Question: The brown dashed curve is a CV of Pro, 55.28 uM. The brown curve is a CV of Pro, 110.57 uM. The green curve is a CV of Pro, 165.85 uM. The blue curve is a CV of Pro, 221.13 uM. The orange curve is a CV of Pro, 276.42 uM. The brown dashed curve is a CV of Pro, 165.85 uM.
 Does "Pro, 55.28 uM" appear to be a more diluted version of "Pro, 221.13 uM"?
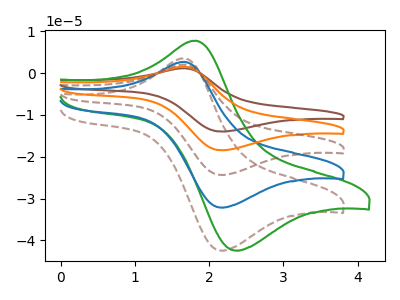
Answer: <think>The brown dashed curve "Pro, 55.28 uM" has an anodic peak at (1.65V, 3.55uA) and a cathodic peak at (2.15V, -42.45uA). The brown curve "Pro, 110.57 uM" has an anodic peak at (1.65V, 10.70uA) and a cathodic peak at (2.15V, -128.60uA). The green curve "Pro, 165.85 uM" has an anodic peak at (1.80V, 7.75uA) and a cathodic peak at (2.35V, -42.45uA). The blue curve "Pro, 221.13 uM" has an anodic peak at (1.65V, 2.70uA) and a cathodic peak at (2.15V, -32.15uA). The orange curve "Pro, 276.42 uM" has an anodic peak at (1.65V, 8.05uA) and a cathodic peak at (2.15V, -96.45uA). The brown dashed curve "Pro, 165.85 uM" has an anodic peak at (1.65V, 5.35uA) and a cathodic peak at (2.15V, -64.30uA).
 All the peaks in "Pro, 55.28 uM" have a peak in "Pro, 221.13 uM" at the same potential. Every peak in "Pro, 55.28 uM" is higher than every peak in "Pro, 221.13 uM".</think>
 <answer>"Pro, 55.28 uM" has more signal than "Pro, 221.13 uM" and so likely has a higher concentration.</answer>
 <eval>more_concentration</eval>